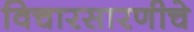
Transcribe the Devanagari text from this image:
विचारसारणीचे